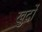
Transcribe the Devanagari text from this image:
खुर्दो